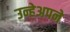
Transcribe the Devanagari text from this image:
उन्हेअपने